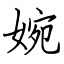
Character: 婉